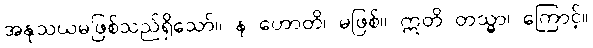
အနုသယမဖြစ်သည်ရှိသော်။ န ဟောတိ၊ မဖြစ်။ ဣတိ တသ္မာ၊ ကြောင့်။